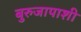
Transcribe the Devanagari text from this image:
बुरुजापाशी